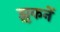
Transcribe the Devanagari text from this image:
झुकनें